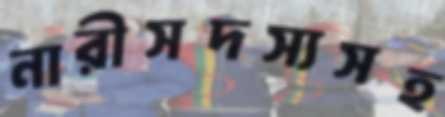
নারীসদস্যসহ